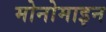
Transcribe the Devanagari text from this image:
मोनोमाइन